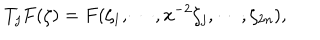
LaTeX: T _ { j } F ( \zeta ) = F ( \zeta _ { 1 } , \cdots , x ^ { - 2 } \zeta _ { j } , \cdots , \zeta _ { 2 n } ) ,